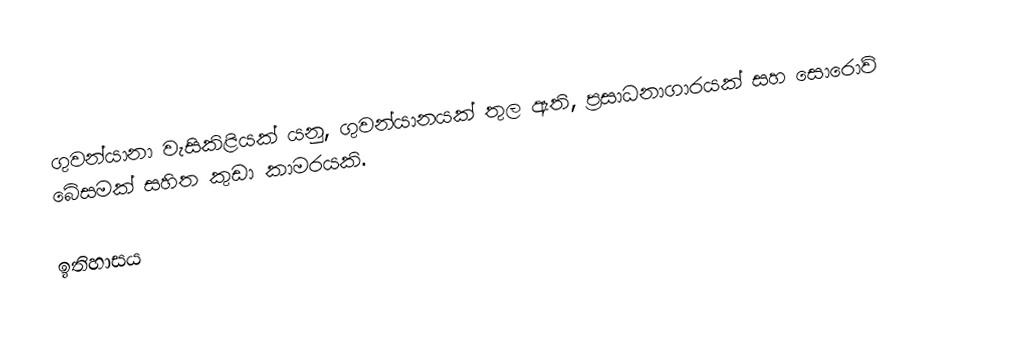
ගුවන්යානා වැසිකිළියක් යනු, ගුවන්යානයක් තුල ඇති,  ප්‍රසාධනාගාරයක් සහ සොරොව් බේසමක් සහිත කුඩා කාමරයකි.

ඉතිහාසය